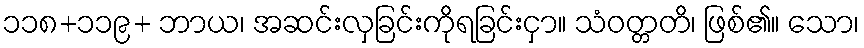
၁၁၈+၁၁၉+ ဘာယ၊ အဆင်းလှခြင်းကိုရခြင်းငှာ။ သံဝတ္တတိ၊ ဖြစ်၏။ သော၊